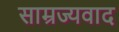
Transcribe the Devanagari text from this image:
साम्रज्यवाद